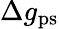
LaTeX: \Delta g_{\mathrm{ps}}